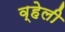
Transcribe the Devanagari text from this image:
व्हेली